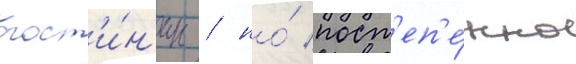
гост'и́н'ицы / но́ пост'еп'е́нно